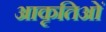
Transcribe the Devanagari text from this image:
आकृतिओं